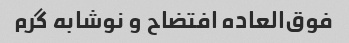
فوق‌العاده افتضاح و نوشابه گرم